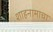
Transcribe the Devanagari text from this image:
शाहनामाचा